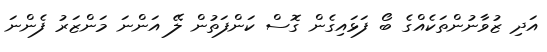
އަދި ޒުވާނުންތަކެއްގެ ބޯ ފަޅައިގެން ގޮސް ކަންފަތުން ލޭ އަންނަ މަންޒަރު ފެންނަ